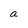
Character: a